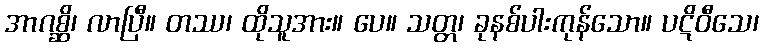
အာဂစ္ဆိ၊ လာပြီ။ တဿ၊ ထိုသူအား။ ပေ။ သတ္တ၊ ခုနစ်ပါးကုန်သော။ ပဋိဝီသေ၊